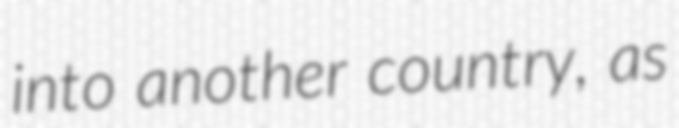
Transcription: into another country, as